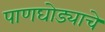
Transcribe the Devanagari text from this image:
पाणघोड्याचे